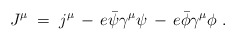
\begin{align*}J^\mu \;=\; j^\mu \,-\, e {\bar\psi}\gamma^\mu \psi \,-\,e {\bar\phi}\gamma^\mu \phi \;.\end{align*}